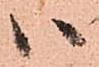
ハ